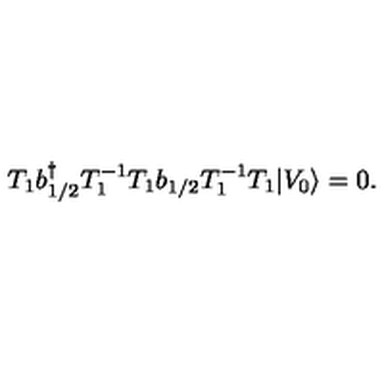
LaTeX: T _ { 1 } b { ^ \dagger _ { 1 / 2 } } T _ { 1 } ^ { - 1 } T _ { 1 } b _ { 1 / 2 } T _ { 1 } ^ { - 1 } T _ { 1 } \vert V _ { 0 } \rangle = 0 .